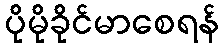
ပိုမိုခိုင်မာစေရန်